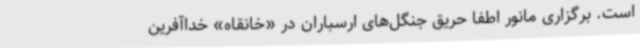
است. برگزاری مانور اطفا حریق جنگل‌های ارسباران در «خانقاه» خداآفرین